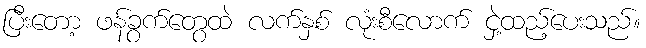
ပြီးတော့ ဖန်ခွက်တွေထဲ လက်နှစ် လုံးစီလောက် ငှဲ့ထည့်ပေးသည်။